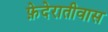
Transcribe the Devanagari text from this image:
फ़ेदेरातीवास